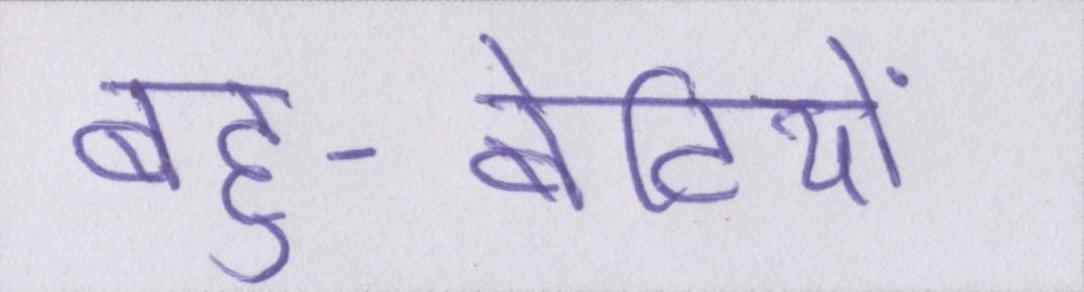
बहु-बेटियों